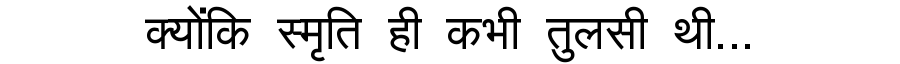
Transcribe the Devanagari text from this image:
क्योंकि स्मृति ही कभी तुलसी थी...